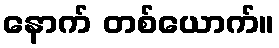
နောက် တစ်ယောက်။